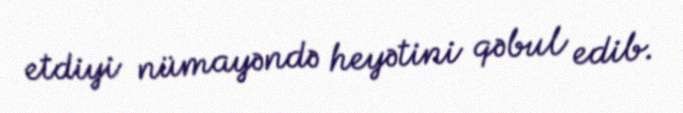
etdiyi nümayəndə heyətini qəbul edib.